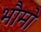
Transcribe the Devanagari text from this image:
भौमो